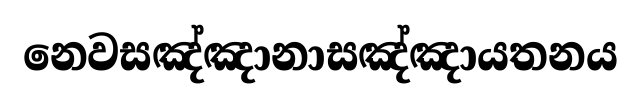
නෙවසඤ්ඤානාසඤ්ඤායතනය